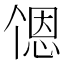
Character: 𬻹